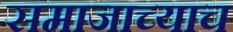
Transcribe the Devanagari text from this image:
समाजाच्याच